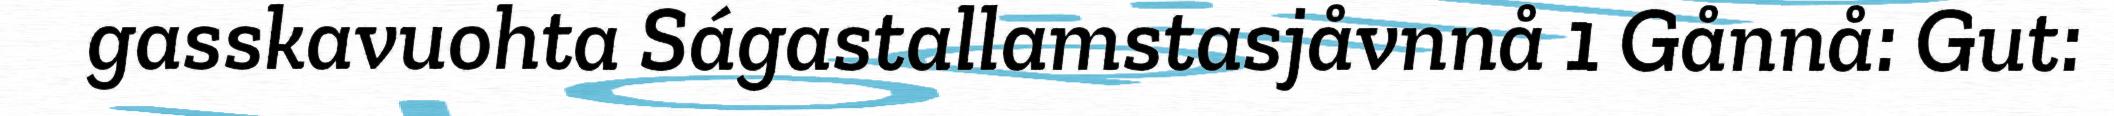
gasskavuohta Ságastallamstasjåvnnå 1 Gånnå: Gut: